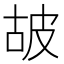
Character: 𤿞